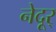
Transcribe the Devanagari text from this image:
नेदूर्